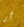
أي